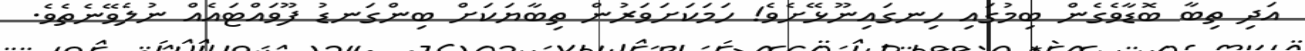
އަދި ތިބާ ބޮޑާވެގެން ބިމުގައި ހިނގައިނޫޅޭށެވެ! ހަމަކަށަވަރުން ތިބާޔަކަށް ބިންގަނޑު ފޫވައްޓައެއް ނުލެވޭނެތެވެ.